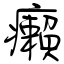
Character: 癩